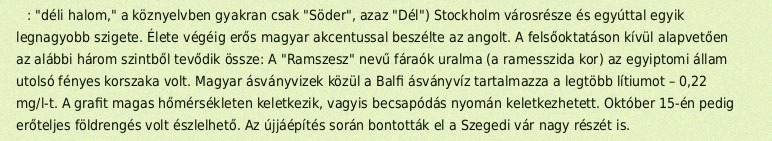
: "déli halom," a köznyelvben gyakran csak "Söder", azaz "Dél") Stockholm városrésze és egyúttal egyik legnagyobb szigete. Élete végéig erős magyar akcentussal beszélte az angolt. A felsőoktatáson kívül alapvetően az alábbi három szintből tevődik össze: A "Ramszesz" nevű fáraók uralma (a ramesszida kor) az egyiptomi állam utolsó fényes korszaka volt. Magyar ásványvizek közül a Balfi ásványvíz tartalmazza a legtöbb lítiumot – 0,22 mg/l-t. A grafit magas hőmérsékleten keletkezik, vagyis becsapódás nyomán keletkezhetett. Október 15-én pedig erőteljes földrengés volt észlelhető. Az újjáépítés során bontották el a Szegedi vár nagy részét is.